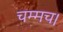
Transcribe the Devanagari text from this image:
चम्मच।